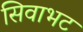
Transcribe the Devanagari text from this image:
सिवाभट